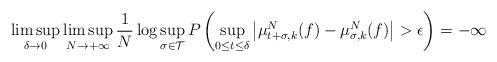
LaTeX: \begin{align*}\limsup_{\delta\rightarrow 0}\limsup_{N\rightarrow+\infty}\frac{1}{N}\log \sup_{\sigma\in \mathcal{T}}P\left(\sup_{0\leq t\leq \delta}\left|\mu_{t+\sigma,k}^N(f)-\mu_{\sigma,k}^N(f)\right|>\epsilon\right)=-\infty\end{align*}